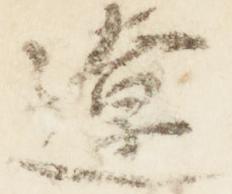
遼